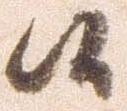
候